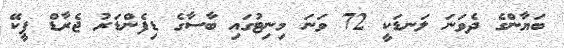
ބަޔާންގެ ދެވަނަ ލަނޑަކީ 72 ވަނަ މިނިޓުގައި ބާސާގެ ޑިފެންޑަރު ޖެރާޑް ޕީކޭ